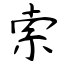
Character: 索